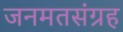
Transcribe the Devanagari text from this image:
जनमतसंग्रह